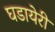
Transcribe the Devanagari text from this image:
घडायेरी